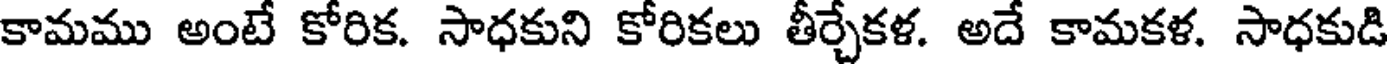
కామము అంటే కోరిక. సాధకుని కోరికలు తీర్చేకళ. అదే కామకళ. సాధకుడి